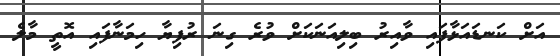
އަށް ކަނޑައަޅާފައި ވާއިރު ބިލިއަނަކަށް ވުރެ ގިނަ ރުފިޔާ ހިމަނާފައި އޮތީ މާލެ